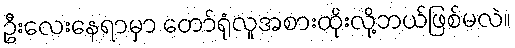
ဦးလေးနေရာမှာ တော်ရုံလူအစားထိုးလို့ဘယ်ဖြစ်မလဲ။